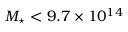
M _ { \star } < 9 . 7 \times 1 0 ^ { 1 4 }